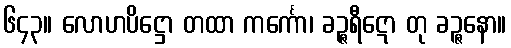
၆၄၃။ လောဟပိဋ္ဌော တထာ ကင်္ကော၊ ခဉ္ဇရီဋော တု ခဉ္ဇနော။